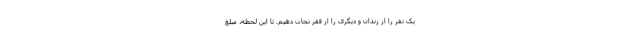
یک نفر را از زندان و دیگری را از فقر نجات دهیم. تا این لحظه، مبلغ